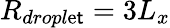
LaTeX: R_{dropl\mathrm{e}\mathsf{t}}=3L_{x}